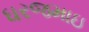
ઘરજમાઇ